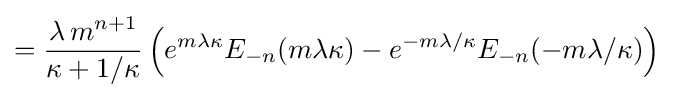
={\frac {\lambda \,m^{n+1}}{\kappa +1/\kappa }}\left(e^{m\lambda \kappa }E_{-n}(m\lambda \kappa )-e^{-m\lambda /\kappa }E_{-n}(-m\lambda /\kappa )\right)